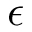
\epsilon